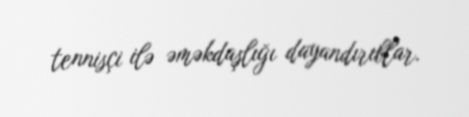
tennisçi ilə əməkdaşlığı dayandırıblar.